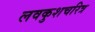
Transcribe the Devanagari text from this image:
लवकुशचरित्र